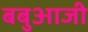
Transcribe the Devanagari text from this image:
बबुआजी